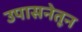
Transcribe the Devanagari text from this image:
उपासनेतून